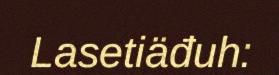
Lasetiäđuh: